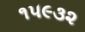
૧૫૯૩૨